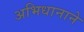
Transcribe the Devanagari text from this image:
अभिधानाने